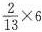
$$\frac{2}{13}\times 6$$